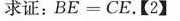
求证：$$B E = C E$$.【2】